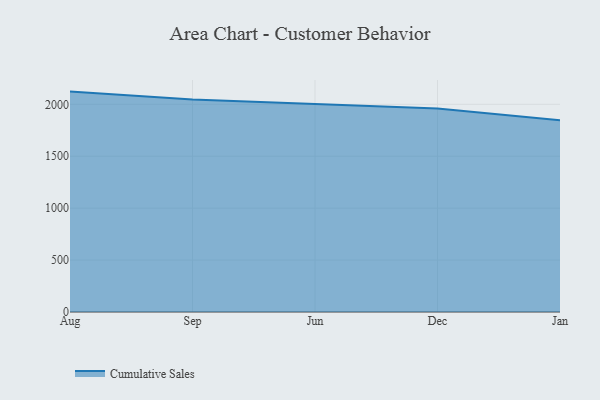
{"axis": {"x": "Month", "y": "Active Users"}, "legend": ["Cumulative Sales"], "data": [{"x": "Aug", "y": 2122.3, "type": "Cumulative Sales"}, {"x": "Sep", "y": 2045.2, "type": "Cumulative Sales"}, {"x": "Jun", "y": 2003.2, "type": "Cumulative Sales"}, {"x": "Dec", "y": 1958.9, "type": "Cumulative Sales"}, {"x": "Jan", "y": 1847.4, "type": "Cumulative Sales"}]}